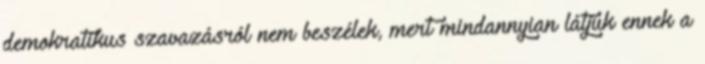
demokratikus szavazásról nem beszélek, mert mindannyian látjuk ennek a